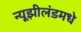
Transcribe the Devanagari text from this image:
न्यूझीलंडमधे